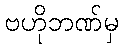
ဗဟိုဘဏ်မှ